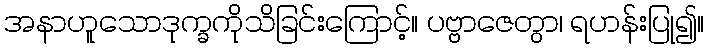
အနာဟူသောဒုက္ခကိုသိခြင်းကြောင့်။ ပဗ္ဗာဇေတွာ၊ ရဟန်းပြု၍။